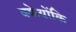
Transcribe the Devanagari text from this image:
क्केयोंकि